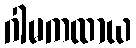
ဂါမကထာယ